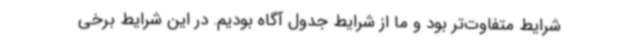
شرایط متفاوت‌تر بود و ما از شرایط جدول آگاه بودیم. در این شرایط برخی